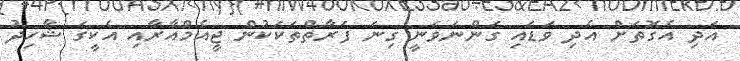
އަދި އެގޮތަށް އެދި ވަޑައި ގަންނަވަނީ ގިނަ ފަރާތްތަކަކުން ޖީއެމްއާރާއި އެކީގަ ޝާހިދު